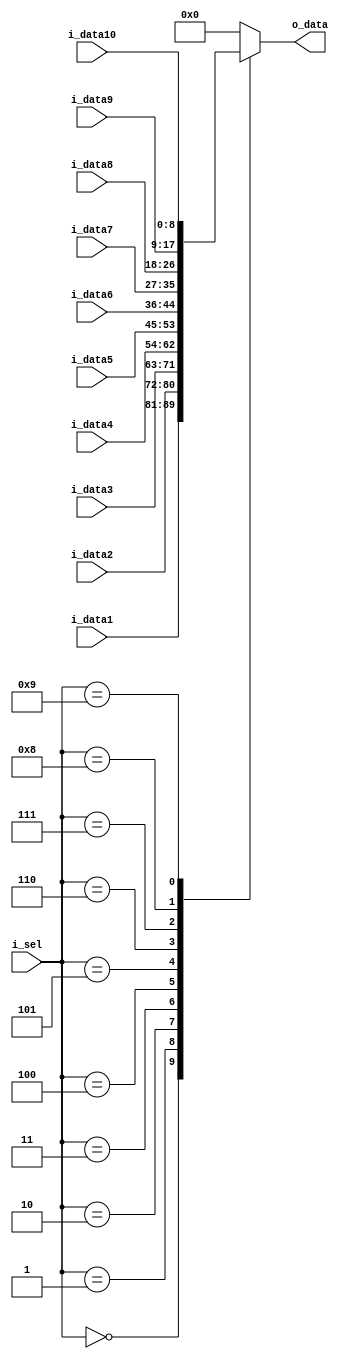
module mux_row #(
    parameter ROW = 9
) ( input [ROW-1:0] i_data1,
    input [ROW-1:0] i_data2,
    input [ROW-1:0] i_data3,
    input [ROW-1:0] i_data4,
    input [ROW-1:0] i_data5,
    input [ROW-1:0] i_data6,
    input [ROW-1:0] i_data7,
    input [ROW-1:0] i_data8,
    input [ROW-1:0] i_data9,
    input [ROW-1:0] i_data10,
    input [3:0] i_sel,
    output reg [ROW -1 : 0] o_data = 0
);
    always @(*)begin
        case(i_sel)
            0: begin
                o_data <= i_data1;
            end

            1: begin
                o_data <= i_data2;
            end

            2: begin
                o_data <= i_data3;
            end

            3: begin
                o_data <= i_data4;
            end

            4: begin
                o_data <= i_data5;
            end

            5: begin
                o_data <= i_data6;
            end

            6: begin
                o_data <= i_data7;
            end

            7: begin
                o_data <= i_data8;
            end

            8: begin
                o_data <= i_data9;
            end

            9: begin
                o_data <= i_data10;
            end

            default: begin
                o_data <= 0;
            end
        endcase
    end

endmodule